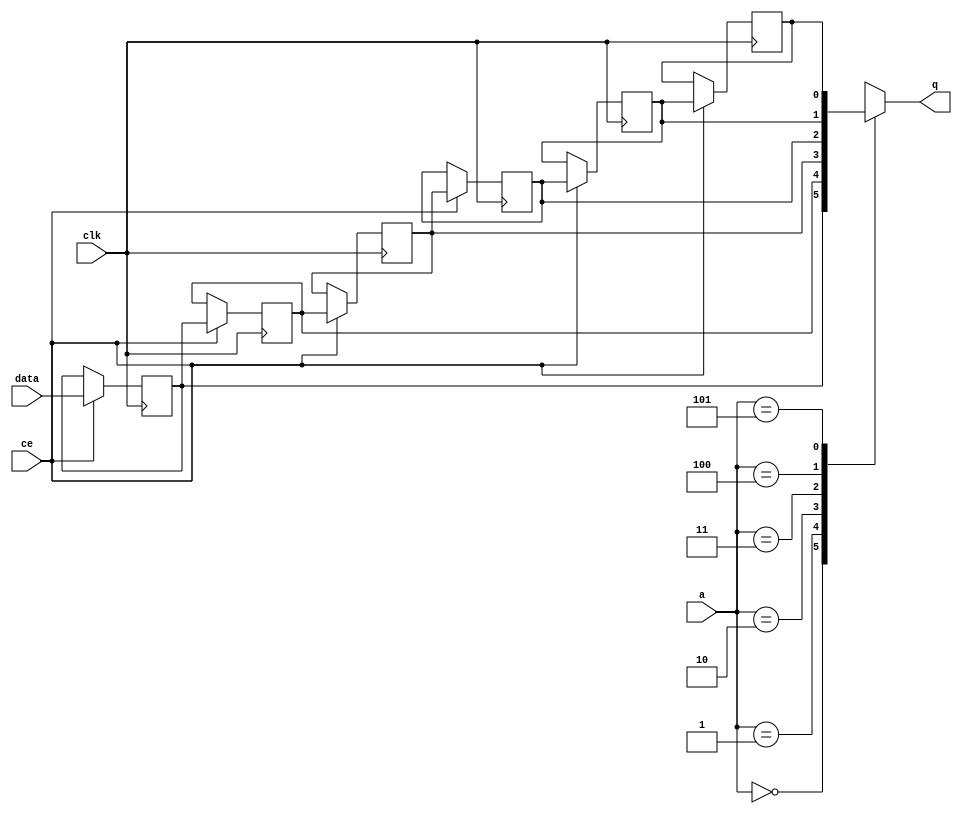
// ==============================================================
// File generated by Vivado(TM) HLS - High-Level Synthesis from C, C++ and SystemC
// Version: 2017.4.op
// Copyright (C) 1986-2018 Xilinx, Inc. All Rights Reserved.
// 
// ==============================================================


`timescale 1 ns / 1 ps

module start_for_app_intg_rdc_32to16_U0_shiftReg (
    clk,
    data,
    ce,
    a,
    q);

parameter DATA_WIDTH = 32'd1;
parameter ADDR_WIDTH = 32'd3;
parameter DEPTH = 32'd6;

input clk;
input [DATA_WIDTH-1:0] data;
input ce;
input [ADDR_WIDTH-1:0] a;
output [DATA_WIDTH-1:0] q;

reg[DATA_WIDTH-1:0] SRL_SIG [0:DEPTH-1];
integer i;

always @ (posedge clk)
    begin
        if (ce)
        begin
            for (i=0;i<DEPTH-1;i=i+1)
                SRL_SIG[i+1] <= SRL_SIG[i];
            SRL_SIG[0] <= data;
        end
    end

assign q = SRL_SIG[a];

endmodule

module start_for_app_intg_rdc_32to16_U0 (
    clk,
    reset,
    if_empty_n,
    if_read_ce,
    if_read,
    if_dout,
    if_full_n,
    if_write_ce,
    if_write,
    if_din);

parameter MEM_STYLE   = "shiftreg";
parameter DATA_WIDTH  = 32'd1;
parameter ADDR_WIDTH  = 32'd3;
parameter DEPTH       = 32'd6;

input clk;
input reset;
output if_empty_n;
input if_read_ce;
input if_read;
output[DATA_WIDTH - 1:0] if_dout;
output if_full_n;
input if_write_ce;
input if_write;
input[DATA_WIDTH - 1:0] if_din;

wire[ADDR_WIDTH - 1:0] shiftReg_addr ;
wire[DATA_WIDTH - 1:0] shiftReg_data, shiftReg_q;
wire                     shiftReg_ce;
reg[ADDR_WIDTH:0] mOutPtr = {(ADDR_WIDTH+1){1'b1}};
reg internal_empty_n = 0, internal_full_n = 1;

assign if_empty_n = internal_empty_n;
assign if_full_n = internal_full_n;
assign shiftReg_data = if_din;
assign if_dout = shiftReg_q;

always @ (posedge clk) begin
    if (reset == 1'b1)
    begin
        mOutPtr <= ~{ADDR_WIDTH+1{1'b0}};
        internal_empty_n <= 1'b0;
        internal_full_n <= 1'b1;
    end
    else begin
        if (((if_read & if_read_ce) == 1 & internal_empty_n == 1) && 
            ((if_write & if_write_ce) == 0 | internal_full_n == 0))
        begin
            mOutPtr <= mOutPtr - 1;
            if (mOutPtr == 0)
                internal_empty_n <= 1'b0;
            internal_full_n <= 1'b1;
        end 
        else if (((if_read & if_read_ce) == 0 | internal_empty_n == 0) && 
            ((if_write & if_write_ce) == 1 & internal_full_n == 1))
        begin
            mOutPtr <= mOutPtr + 1;
            internal_empty_n <= 1'b1;
            if (mOutPtr == DEPTH - 2)
                internal_full_n <= 1'b0;
        end 
    end
end

assign shiftReg_addr = mOutPtr[ADDR_WIDTH] == 1'b0 ? mOutPtr[ADDR_WIDTH-1:0]:{ADDR_WIDTH{1'b0}};
assign shiftReg_ce = (if_write & if_write_ce) & internal_full_n;

start_for_app_intg_rdc_32to16_U0_shiftReg 
#(
    .DATA_WIDTH(DATA_WIDTH),
    .ADDR_WIDTH(ADDR_WIDTH),
    .DEPTH(DEPTH))
U_start_for_app_intg_rdc_32to16_U0_ram (
    .clk(clk),
    .data(shiftReg_data),
    .ce(shiftReg_ce),
    .a(shiftReg_addr),
    .q(shiftReg_q));

endmodule